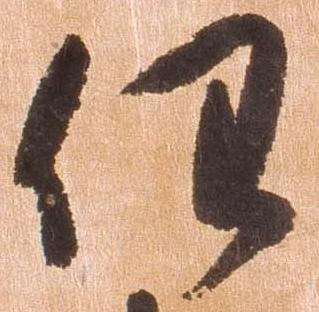
任